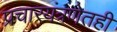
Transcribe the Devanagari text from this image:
प्रचारयंत्रणेतही